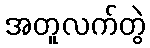
အတူလက်တွဲ